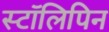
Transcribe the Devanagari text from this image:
स्टॉलिपिन